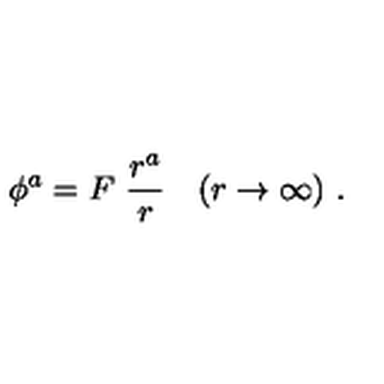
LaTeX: \phi ^ { a } = F \ \frac { r ^ { a } } { r } \quad ( r \rightarrow \infty ) \ .